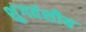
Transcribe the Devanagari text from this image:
शुंगवंशीय